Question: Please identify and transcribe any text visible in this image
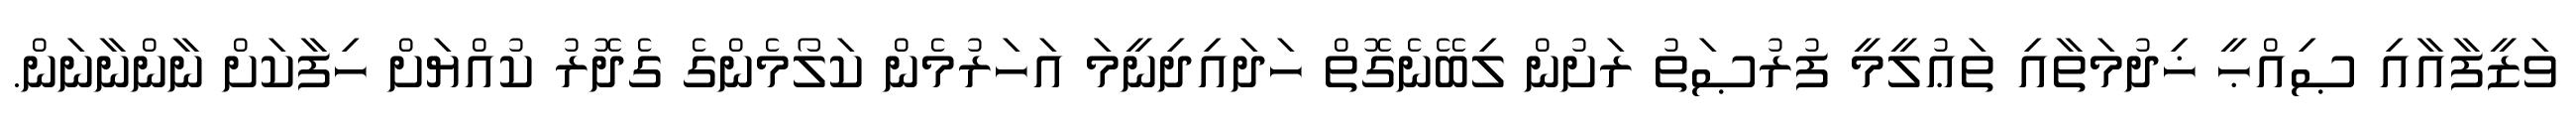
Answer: ވަޒީފާއާއި ޞިއްޙީ ޚިދުމަތާއި ތަޢުލީމީ ފުރުޞަތު ރަށުން ލިބޭނެގޮތް ހަދައިދިނީމަ އަހަރުމެން ކަލޯމެންގެ ގެދޮރު ކުއްޔަށް ހިފާކަށް ނާންނާނަން.